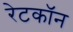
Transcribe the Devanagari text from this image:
रेटकॉन